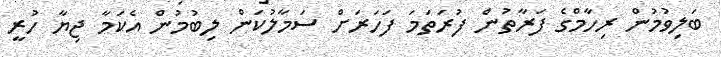
ބަލިވުމުން ރިހާމްގެ ފަރާތުން ފުރަތަމަ ފަހަރަށް ސަމާލުކަން ލިބުމުން އެކަމާ ޖިޔާ ހުރީ